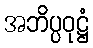
အဘိပ္ပဝုဋ္ဌံ